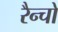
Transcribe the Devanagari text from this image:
रैन्चो